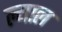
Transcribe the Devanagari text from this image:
ल्याल